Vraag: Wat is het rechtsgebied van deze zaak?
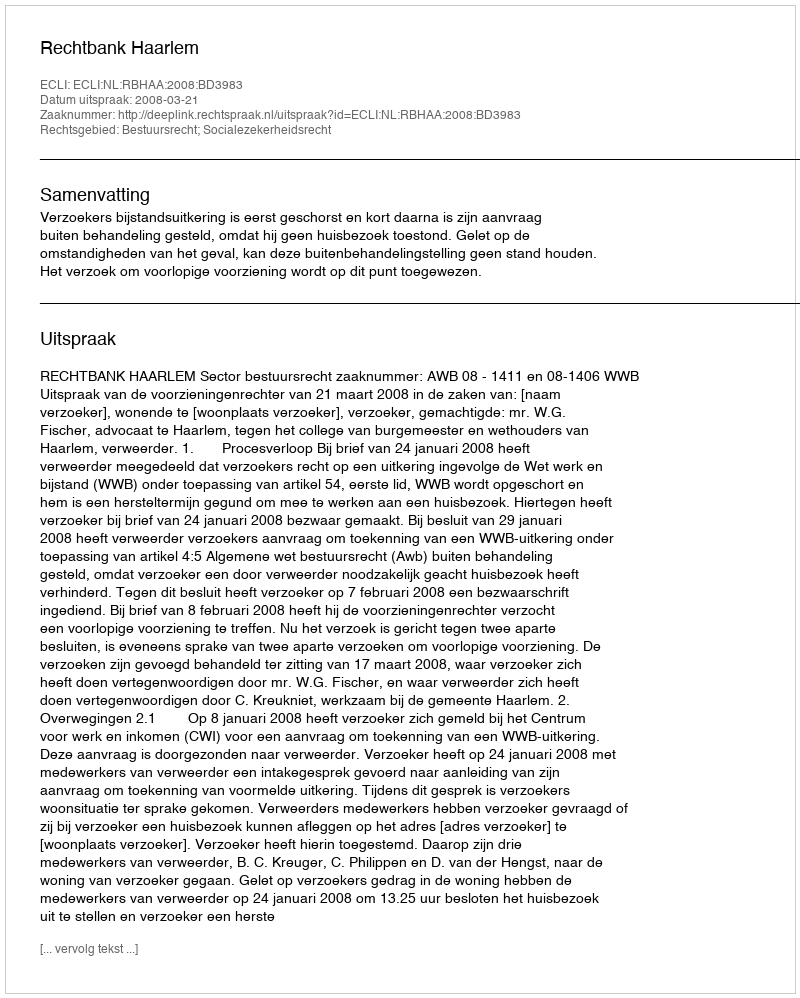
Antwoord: Bestuursrecht; Socialezekerheidsrecht